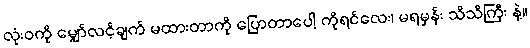
လုံးဝကို မျှော်လင့်ချက် မထားတာကို ပြောတာပေါ့ ကိုရင်လေး၊ မရမှန်း သိသိကြီး နဲ့။